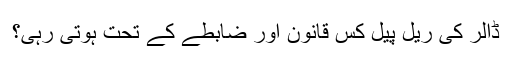
ڈالر کی ریل پیل کس قانون اور ضابطے کے تحت ہوتی رہی؟